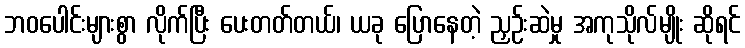
ဘဝပေါင်းများစွာ လိုက်ပြီး ပေးတတ်တယ်၊ ယခု ပြောနေတဲ့ ညှဉ်းဆဲမှု အကုသိုလ်မျိုး ဆိုရင်